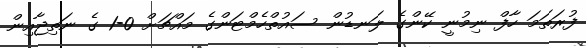
ފުރަތަމަ ހާފް ނިމުނީ ކޭންގެ ލަނޑުން ސައުތްހެމްޓަންގެ މައްޗަށް 0-1 ގެ ނަތިޖާއިން